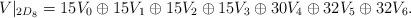
LaTeX: \begin{gather*} V|_{2D_8} = 15 V_0 \oplus 15 V_1 \oplus 15 V_2 \oplus 15 V_3 \oplus 30 V_4 \oplus 32 V_5 \oplus 32 V_6. \end{gather*}